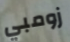
زومبي